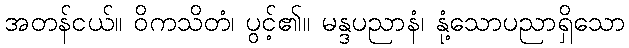
အတန်ငယ်။ ဝိကသိတံ၊ ပွင့်၏။ မန္ဒပညာနံ၊ နုံ့သောပညာရှိသော